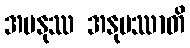
အမနုဿ အနုမဿာတိ